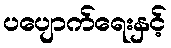
ပပျောက်ရေးနှင့်